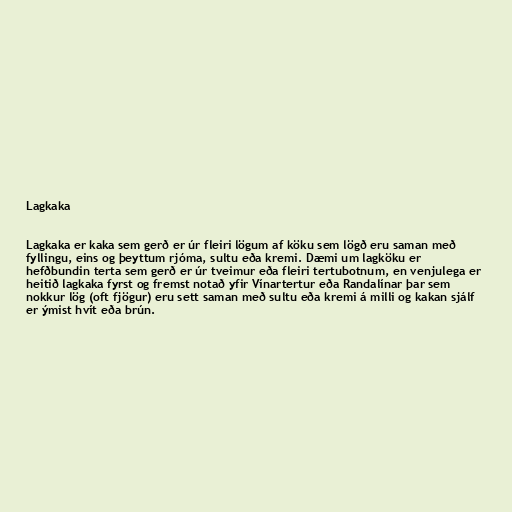
Lagkaka

Lagkaka er kaka sem gerð er úr fleiri lögum af köku sem lögð eru saman með
fyllingu, eins og þeyttum rjóma, sultu eða kremi. Dæmi um lagköku er
hefðbundin terta sem gerð er úr tveimur eða fleiri tertubotnum, en venjulega er
heitið lagkaka fyrst og fremst notað yfir Vínartertur eða Randalínar þar sem
nokkur lög (oft fjögur) eru sett saman með sultu eða kremi á milli og kakan sjálf
er ýmist hvít eða brún.